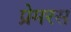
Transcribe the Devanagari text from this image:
प्रेमरस